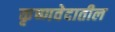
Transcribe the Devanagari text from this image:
कृष्णवेदातील